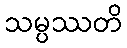
သမ္ပဿတိ